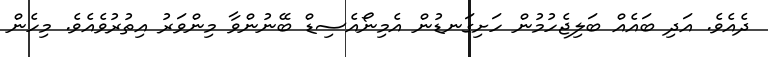
ދެއެވެ. އަދި ބައެއް ބަލިޖެހުމުން ހަށިގަނޑުން އެމިނޯއެސިޑް ބޭނުންވާ މިންވަރު އިތުރުވެއެވެ. މިހެން